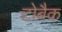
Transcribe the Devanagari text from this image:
टोबैक